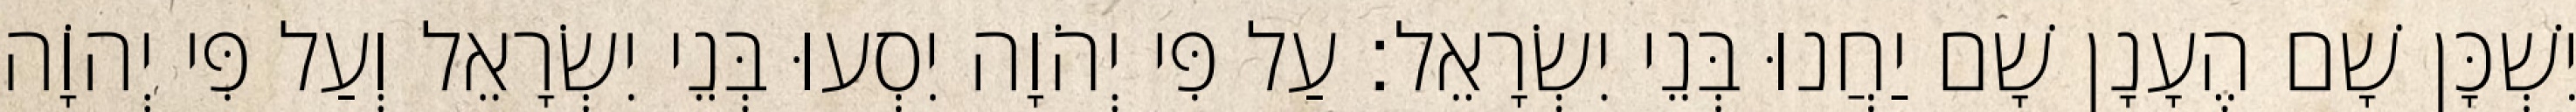
יִשְׁכָּן שָׁם הֶעָנָן שָׁם יַחֲנוּ בְּנֵי יִשְׂרָאֵל׃ עַל פִּי יְהֹוָה יִסְעוּ בְּנֵי יִשְׂרָאֵל וְעַל פִּי יְהוָֹה